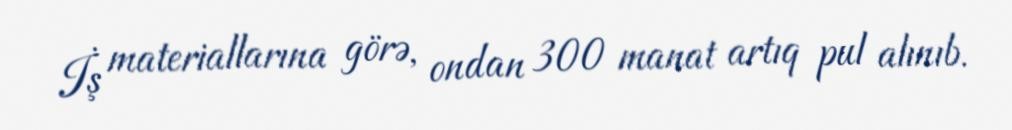
İş materiallarına görə, ondan 300 manat artıq pul alınıb.